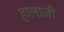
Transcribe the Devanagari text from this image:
हालाजी